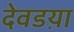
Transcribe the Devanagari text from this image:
देवडय़ा